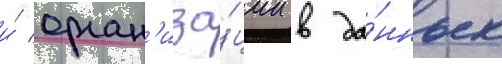
и́ орган'иза́ции в да́нных